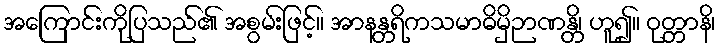
အကြောင်းကိုပြသည်၏ အစွမ်းဖြင့်။ အာနန္တရိကသမာဓိမှိဉာဏန္တိ၊ ဟူ၍။ ဝုတ္တာနိ၊